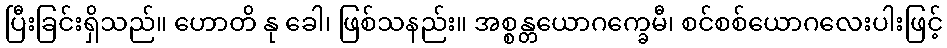
ပြီးခြင်းရှိသည်။ ဟောတိ နု ခေါ၊ ဖြစ်သနည်း။ အစ္စန္တယောဂက္ခေမီ၊ စင်စစ်ယောဂလေးပါးဖြင့်